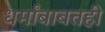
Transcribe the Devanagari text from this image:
धर्मांबाबतही